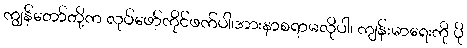
ကျွန်တော်တို့က လုပ်ဖော်ကိုင်ဖက်ပါ၊အားနာစရာမလိုပါ၊ ကျန်းမာရေးကို ပို